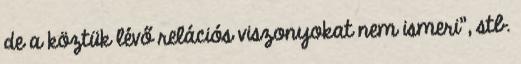
de a köztük lévő relációs viszonyokat nem ismeri", stb.